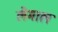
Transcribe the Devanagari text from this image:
लेमाल